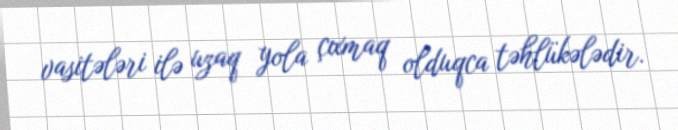
vasitələri ilə uzaq yola çıxmaq olduqca təhlükələdir.